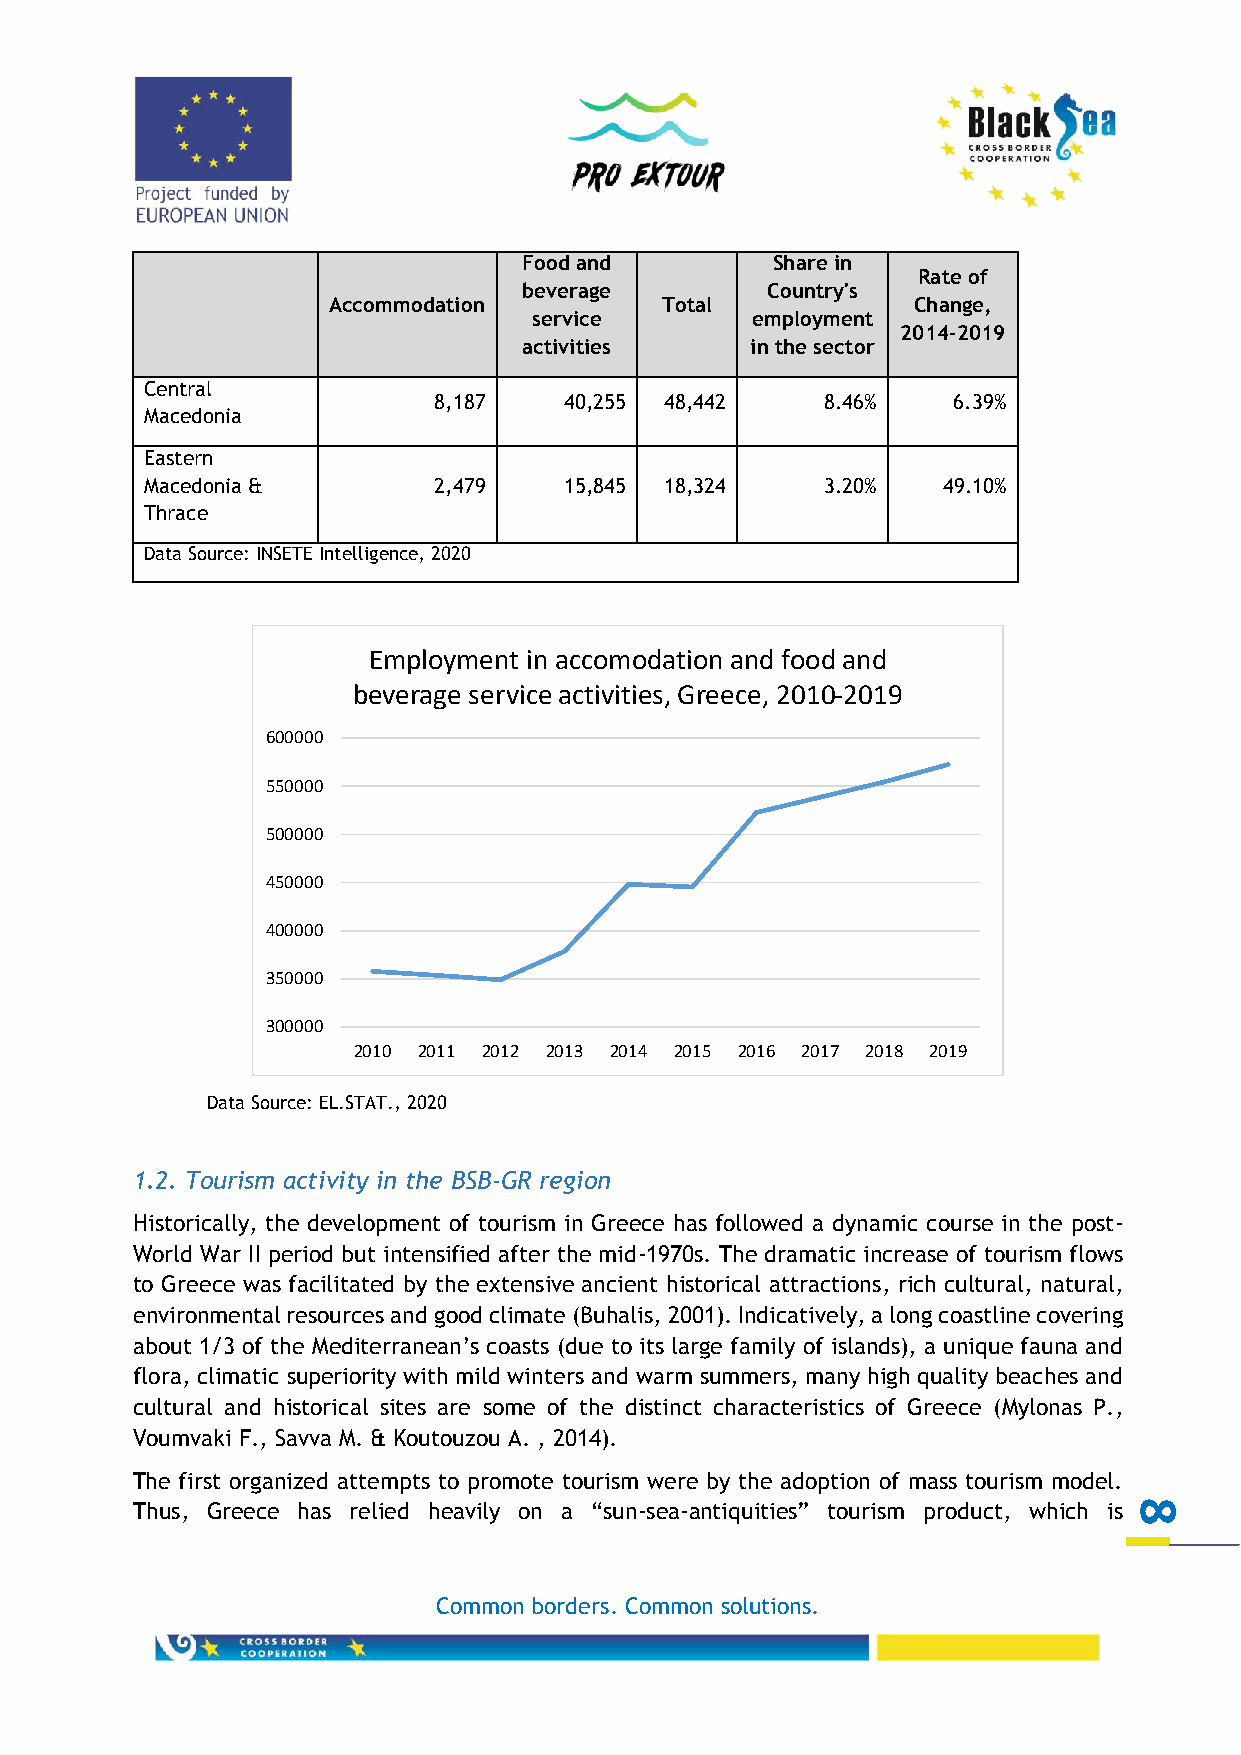
Food and        Share in
 Rate of
 beverage        Country's
 Accommodation         Total           Change,
 service        employment
 2014-2019
 activities     in the sector
 Central
 8,187   40,255 48,442    8.46%    6.39%
 Macedonia
 Eastern
 Macedonia &        2,479   15,845 18,324    3.20%   49.10%
 Thrace
 Data Source: INSETE Intelligence, 2020
 Employment in accomodation and food and
 beverage service activities, Greece, 2010-2019
 600000
 550000
 500000
 450000
 400000
 350000
 300000
 2010 2011 2012 2013 2014 2015 2016 2017 2018 2019
 Data Source: EL.STAT., 2020
 1.2. Tourism activity in the BSB-GR region
 Historically, the development of tourism in Greece has followed a dynamic course in the post-
 World War II period but intensified after the mid-1970s. The dramatic increase of tourism flows
 to Greece was facilitated by the extensive ancient historical attractions, rich cultural, natural,
 environmental resources and good climate (Buhalis, 2001). Indicatively, a long coastline covering
 about 1/3 of the Mediterranean’s coasts (due to its large family of islands), a unique fauna and
 flora, climatic superiority with mild winters and warm summers, many high quality beaches and
 cultural and historical sites are some of the distinct characteristics of Greece (Mylonas P.,
 Voumvaki F., Savva M. & Koutouzou A. , 2014).
 The first organized attempts to promote tourism were by the adoption of mass tourism model.
 Thus, Greece has relied heavily on a “sun-sea-antiquities” tourism product, which is 8
 Common borders. Common solutions.